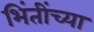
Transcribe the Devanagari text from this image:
भिंतींच्या